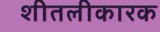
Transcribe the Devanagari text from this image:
शीतलीकारक